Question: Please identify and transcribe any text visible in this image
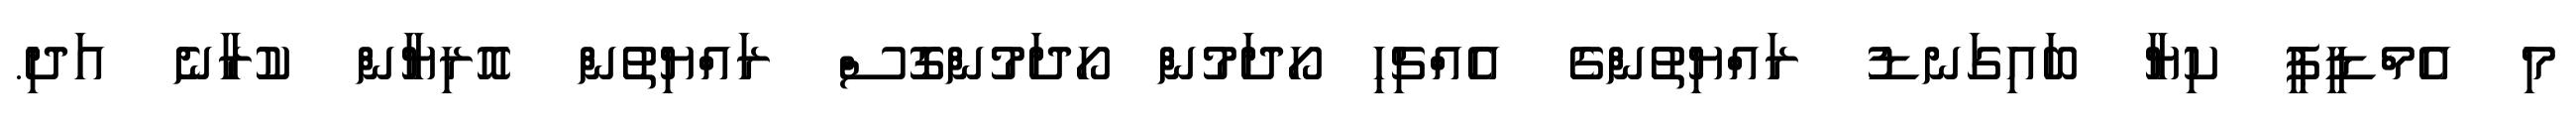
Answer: މި އެމްޑީޕީ ކިޔާ ބައިގަނޑު ރައްޔިތުންގެ އެއްޗިހި ހޯދަމުން ހޯދަމުންގޮސް ރައްޔިތުން އޮރިޔާން ކުރާނެ އަދި.